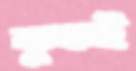
কুকই